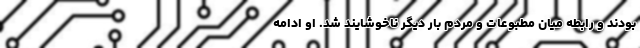
بودند و رابطه میان مطبوعات و مردم بار دیگر ناخوشایند شد. او ادامه